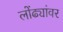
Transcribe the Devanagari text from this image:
लोंढ्यांवर